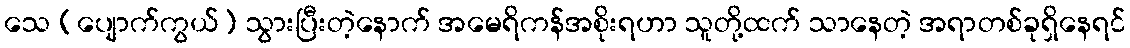
သေ (ပျောက်ကွယ်) သွားပြီးတဲ့နောက် အမေရိကန်အစိုးရဟာ သူတို့ထက် သာနေတဲ့ အရာတစ်ခုရှိနေရင်